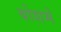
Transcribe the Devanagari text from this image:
बोशमें